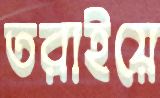
তরাইয়ে